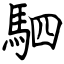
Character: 駟